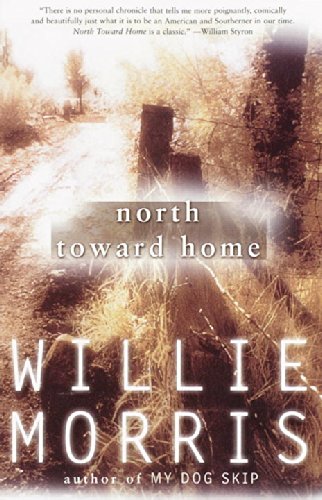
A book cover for North Toward Home; Willie Morris; Biographies & Memoirs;